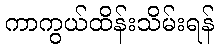
ကာကွယ်ထိန်းသိမ်းရန်